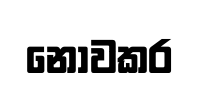
නොවකර